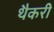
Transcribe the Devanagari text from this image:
थैकरी